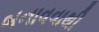
બનાવવાથી